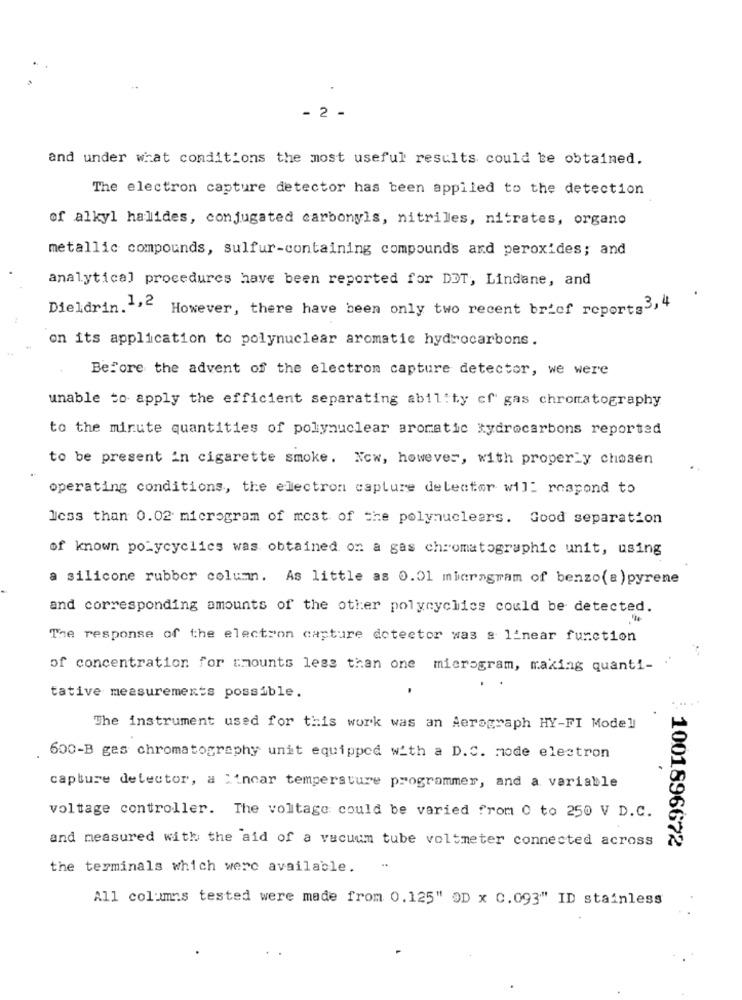
- 2 -
and under what conditions the most useful results could be obtained.
The electron capture detector has been applied to the detection
of alkyl halides, conjugated carbonyls, nitriles, nitrates, organo
metallic compounds, sulfur-containing compounds ard peroxides; and
analytical procedures have been reported for DOT, Lindane, and
Dieldrin.1,2
However, there have been only two recent brief reports3,4
on its application to polynuclear aromatic hydrocarbons.
Before the advent of the electron capture detector, we were
unable to apply the efficient separating ability of gas chromatography
to the minute quantities of polynuclear aromatic hydrocarbons reported
to be present in cigarette smoke. Now, however, with properLy chosen
operating conditions, the electron capture delector will respond to
less than 0.02 microgram of most of the polynuclears. Good separation
of known polycyclics was obtained on a gas chromatographic unit, using
a silicone rubber column. As little as 0.01 microgram of benzo(a) pyrene
and corresponding amounts of the other polycyclics could be detected.
The response of the election capture detector was a linear function
of concentration for tmounts less than one microgram, making quanti-
tative measurements possible.
The instrument used for this work was an Aerograph HY-FI Model
600-B gas chromatography unit equipped with a D.C. mode electron
capture detector, a "incar temperature programmer, and a variable
voltage controller. The voltage could be varied from 0 to 250 V D.C.
and measured with the aid of a vacuum tube voltmeter connected across
1001896672
the terminals which were available.
All columns tested were made from 0.125" OD x 0.093" ID stainless